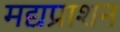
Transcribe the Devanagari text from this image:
मद्यप्राशन